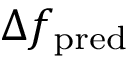
\Delta f _ { \mathrm { p r e d } }